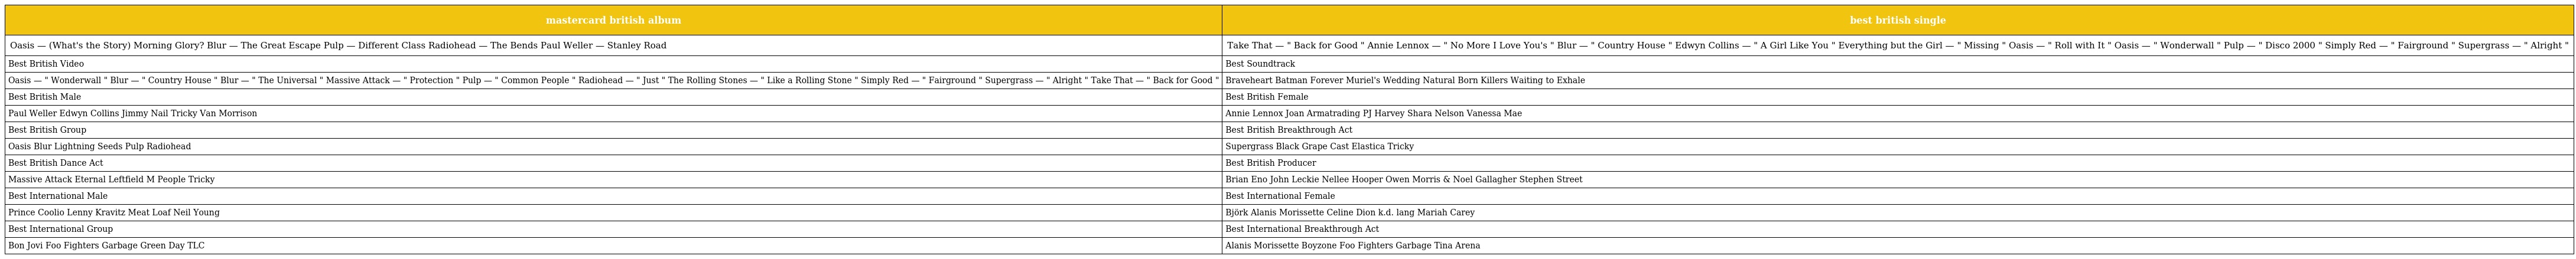
| mastercard british album | best british single |
 | --- | --- |
 | Oasis — (What's the Story) Morning Glory? Blur — The Great Escape Pulp — Different Class Radiohead — The Bends Paul Weller — Stanley Road | Take That — " Back for Good " Annie Lennox — " No More I Love You's " Blur — " Country House " Edwyn Collins — " A Girl Like You " Everything but the Girl — " Missing " Oasis — " Roll with It " Oasis — " Wonderwall " Pulp — " Disco 2000 " Simply Red — " Fairground " Supergrass — " Alright " |
 | Best British Video | Best Soundtrack |
 | Oasis — " Wonderwall " Blur — " Country House " Blur — " The Universal " Massive Attack — " Protection " Pulp — " Common People " Radiohead — " Just " The Rolling Stones — " Like a Rolling Stone " Simply Red — " Fairground " Supergrass — " Alright " Take That — " Back for Good " | Braveheart Batman Forever Muriel's Wedding Natural Born Killers Waiting to Exhale |
 | Best British Male | Best British Female |
 | Paul Weller Edwyn Collins Jimmy Nail Tricky Van Morrison | Annie Lennox Joan Armatrading PJ Harvey Shara Nelson Vanessa Mae |
 | Best British Group | Best British Breakthrough Act |
 | Oasis Blur Lightning Seeds Pulp Radiohead | Supergrass Black Grape Cast Elastica Tricky |
 | Best British Dance Act | Best British Producer |
 | Massive Attack Eternal Leftfield M People Tricky | Brian Eno John Leckie Nellee Hooper Owen Morris & Noel Gallagher Stephen Street |
 | Best International Male | Best International Female |
 | Prince Coolio Lenny Kravitz Meat Loaf Neil Young | Björk Alanis Morissette Celine Dion k.d. lang Mariah Carey |
 | Best International Group | Best International Breakthrough Act |
 | Bon Jovi Foo Fighters Garbage Green Day TLC | Alanis Morissette Boyzone Foo Fighters Garbage Tina Arena |